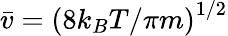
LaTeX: \bar{v}=\left(8k_{B}T/\pi m\right)^{1/2}